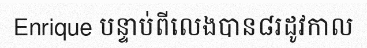
Enrique បន្ទាប់ពីលេងបាន៨រដូវកាល